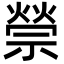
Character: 禜